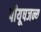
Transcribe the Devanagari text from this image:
पीयूषजन्य